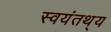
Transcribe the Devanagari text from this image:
स्वयंतथ्‌य